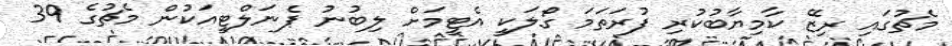
މެޗުގައި ރިޒޭ ކާމިޔާބުކުރި ފުރަތަމަ ގޯލަކީ އެޓީމަށް ލިބުނު ޕެނަލްޓީއަކުން މެޗުގެ 39